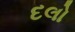
દલો